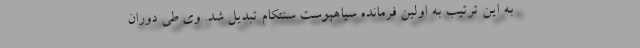
به این ترتیب به اولین فرمانده سیاهپوست سنتکام تبدیل شد. وی طی دوران